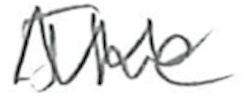
Text: The
Cross-out: zig-zag
Writing tool: pencil